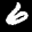
Label: 6